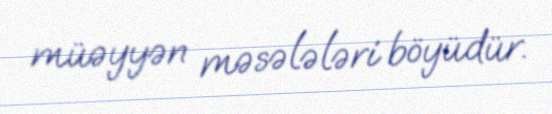
müəyyən məsələləri böyüdür.